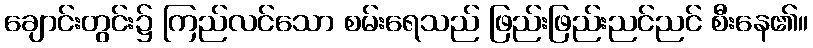
ချောင်းတွင်း၌ ကြည်လင်သော စမ်းရေသည် ဖြည်းဖြည်းညင်ညင် စီးနေ၏။